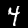
Label: 4